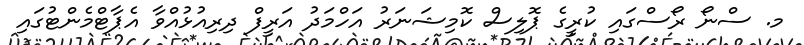
މ. ސްނޯ ރޯސްގައި ކުރީގެ ޕޮލިސް ކޮމިޝަނަރު އަހްމަދު އަރީފް ދިރިއުޅުއްވާ އެޕާޓްމެންޓުގައި